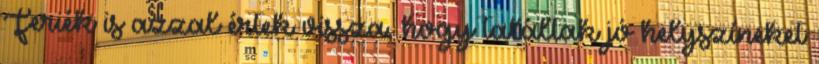
Feriék is azzal értek vissza, hogy találtak jó helyszíneket